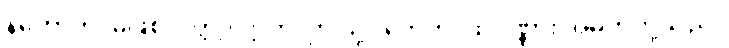
နဟောတိ၊ မဖြစ်လတ္တံ့။ ဣတိ၊ ဤသို့။ တေဟိ၊ ထိုပုဏ္ဏား အမတ်တို့သည်။